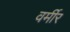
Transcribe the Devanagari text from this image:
वर्मीर